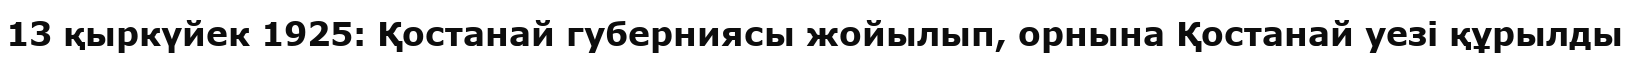
13 қыркүйек 1925: Қостанай губерниясы жойылып, орнына Қостанай уезі құрылды